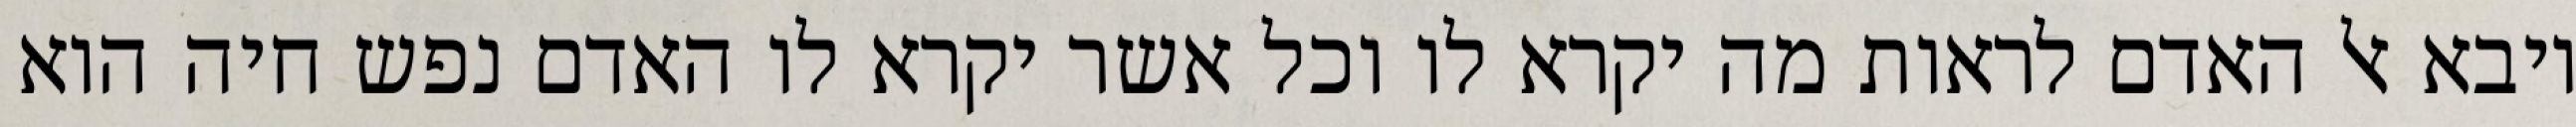
ויבא אל האדם לראות מה יקרא לו וכל אשר יקרא לו האדם נפש חיה הוא